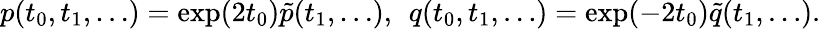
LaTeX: p(t_{0},t_{1},\dots)=\exp(2t_{0})\tilde{p}(t_{1},\dots),\; \, q(t_{0},t_{1},\dots)=\exp(-2t_{0})\tilde{q}(t_{1},\dots).